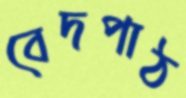
বেদপাঠ